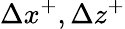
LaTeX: \Delta x^{+},\Delta z^{+}